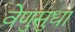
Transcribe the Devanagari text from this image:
वेणुसुधा